Indian Medical Review
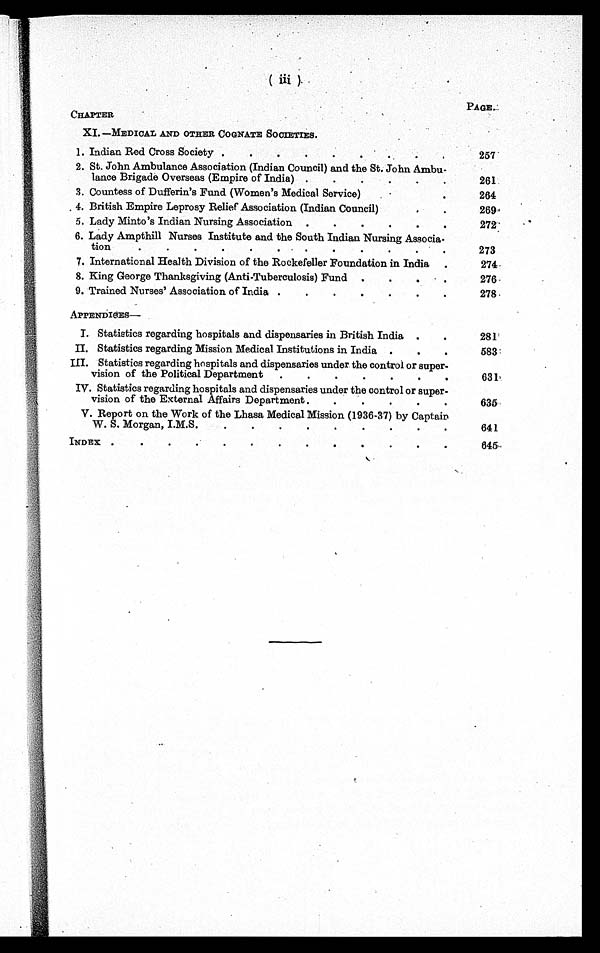
(iii)
CHAPTER
PAGE.
XI. —MEDICAL AND OTHER COGNATE SOCIETIES.
1. Indian Red Cross Society . . .
257
2. St. John Ambulance Association (Indian Council) and the St. John Ambu
-lance Brigade Overseas (Empire of India) . . .
261
3. Countess of Dufferin's Fund (Women's Medical Service) . .
264
4. British Empire Leprosy Relief Association (Indian Council) . . .
269
5. Lady Minto's Indian Nursing Association . . .
272
6. Lady Ampthill Nurses Institute and the South Indian Nursing Associa
-tion . . .
273
7. International Health Division of the Rockefeller Foundation in India . . .
274
8. King George Thanksgiving (Anti-Tuberculosis) Fund . . .
276
9. Trained Nurses' Association of India . . .
278
APPENDICES —
I. Statistics regarding hospitals and dispensaries in British India . . .
281
II. Statistics regarding Mission Medical Institutions in India . . .
583
III. Statistics regarding hospitals and dispensaries under the control or super
-vision of the Political Department . . .
631
IV. Statistics regarding hospitals and dispensaries under the control or super
-vision of the External Affairs Department . . .
635
V. Report on the Work of the Lhasa Medical Mission (1936-37) by Captain
W. S. Morgan, I.M.S. . . .
641
INDEX . . .
645